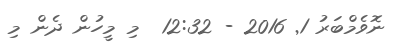
ނޮވެމްބަރު 1